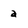
Character: a